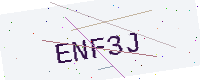
Text: ENF3J